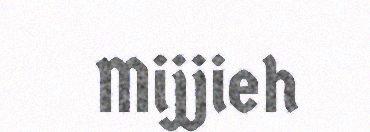
Mijjieh